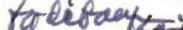
todetaan